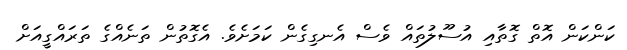
ކަންކަން އޮތް ގޮތާއި އުސޫލުތައް ވެސް އެނގިގެން ކަމަށެވެ. އެގޮތުން ތަނެއްގެ ތަރައްގީއަށް